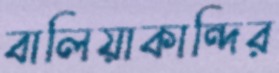
বালিয়াকান্দির